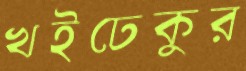
খইঢেকুর